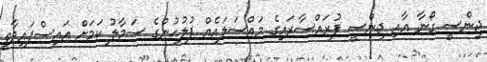
ޖިންސީ ގޯނާ އާއި ޖިންސީ ފުރައްސާރައިގެ މައްސަލައެއް ފުލުހުންގެ ސަމާލު ކަމަށް އައިސްފައިވާތީ